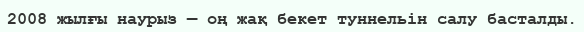
2008 жылғы наурыз — оң жақ бекет туннельін салу басталды.